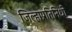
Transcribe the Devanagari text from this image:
जिल्हाप्रतिनिधी